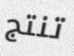
تنتج